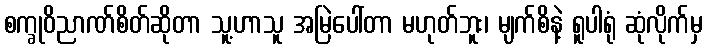
စက္ခုဝိညာဏ်စိတ်ဆိုတာ သူ့ဟာသူ အမြဲပေါ်တာ မဟုတ်ဘူး၊ မျက်စိနဲ့ ရူပါရုံ ဆုံလိုက်မှ